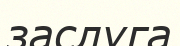
заслуга